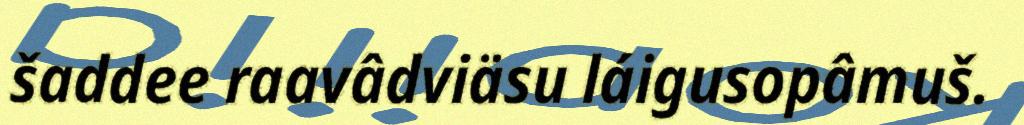
šaddee raavâdviäsu láigusopâmuš.